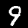
Label: 9